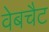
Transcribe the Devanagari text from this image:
वेबचैट